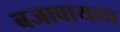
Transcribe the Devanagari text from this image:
बजावायला